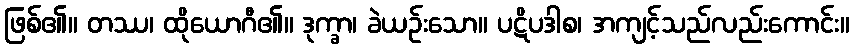
ဖြစ်၏။ တဿ၊ ထိုယောဂီ၏။ ဒုက္ခာ၊ ခဲယဉ်းသော။ ပဋိပဒါစ၊ အကျင့်သည်လည်းကောင်း။